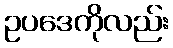
ဥပဒေကိုလည်း